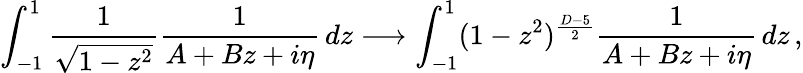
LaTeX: \int_{-1}^{1}\frac{1}{\sqrt{1-z^{2}}}\frac{1}{A+Bz+i\eta}\, dz\longrightarrow\int_{-1}^{1}(1-z^{2})^{\frac{D-5}{2}}\frac{1}{A+Bz+i\eta}\, dz\, ,